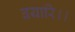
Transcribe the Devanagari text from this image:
बयारि।।